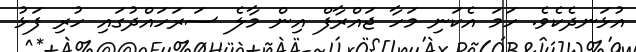
އުޅަނދެކެވެ. ހަމަ އެކަނި މަހާ ޖައްރާފް އިން މާލެ ސަރަހައްދުގައި ހުރި ފަޅު